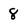
Character: 8